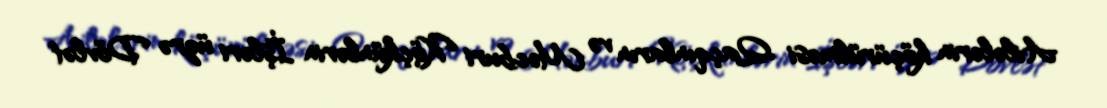
Ailələrin köçürülməsi Qaçqınların və Məcburi Köçkünlərin İşləri üzrə Dövlət